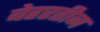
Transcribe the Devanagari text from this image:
बेहरतीन